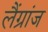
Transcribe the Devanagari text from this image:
लैंग्रांज